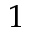
1